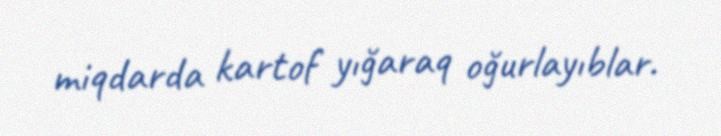
miqdarda kartof yığaraq oğurlayıblar.